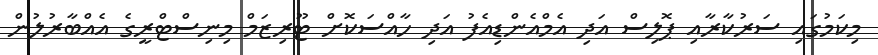
މިކަމުގައި ސަރުކާރާއި ޕޮލިސް އަދި އެމްއެންޑިއެފު އަދި ހާއްސަކޮށް ޓޫރިޒަމް މިނިސްޓްރީގެ އެއްބާރުލުން